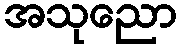
အသုညော